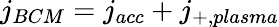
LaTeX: j_{BCM}=j_{acc}+j_{+,plasma}